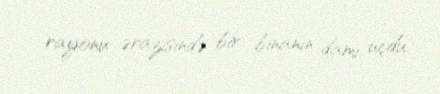
rayonu ərazisində bir binanın damı uçdu.